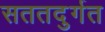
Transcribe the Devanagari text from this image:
सततदुर्गत